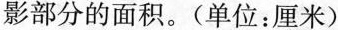
影部分的面积。(单位：厘米)